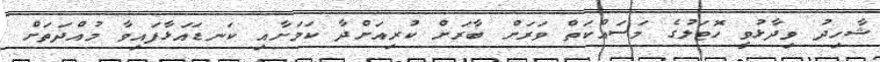
ޝާހިދު ވިދާޅުވީ ހޮޓަލުގެ މަސައްކަތް ވަރަށް ބާރަށް ކުރިއަށްދާ ކަމަށާއި ކަނޑައަޅާފައިވާ މުއްދަތަށް